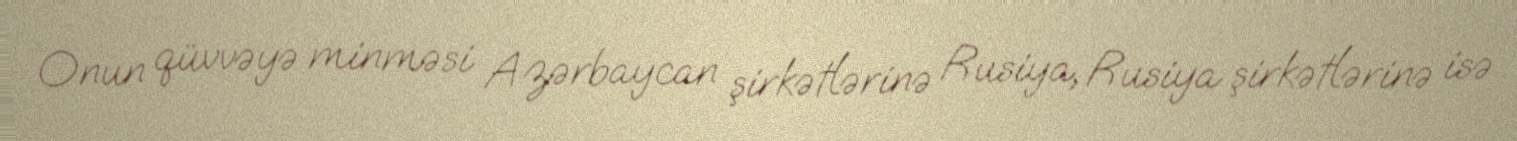
Onun qüvvəyə minməsi Azərbaycan şirkətlərinə Rusiya, Rusiya şirkətlərinə isə